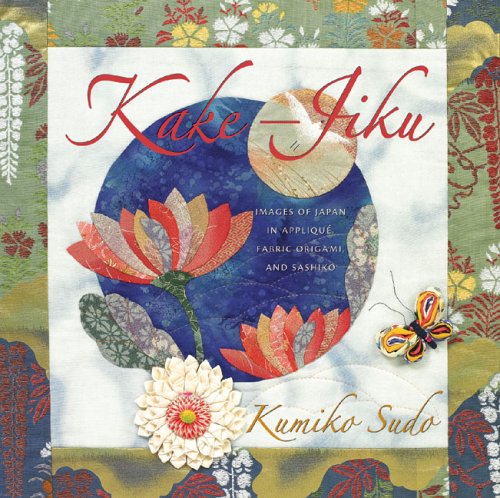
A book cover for Kake-Jiku: Images of Japan in AppliquÃ©, Fabric Origami, and Sashiko; Kumiko Sudo; Crafts, Hobbies & Home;